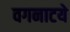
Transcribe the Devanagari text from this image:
वगनाटये